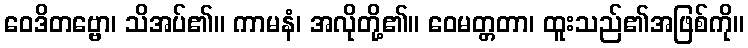
ဝေဒိတဗ္ဗော၊ သိအပ်၏။ ကာမနံ၊ အလိုတို့၏။ ဝေမတ္တတာ၊ ထူးသည်၏အဖြစ်ကို။